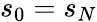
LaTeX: s_{0}=s_{N}